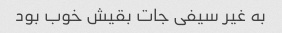
به غیر سیفی جات بقیش خوب بود